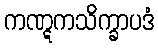
ကဏ္ဋကသိက္ခာပဒံ